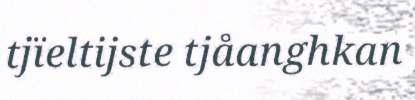
tjïeltijste tjåanghkan